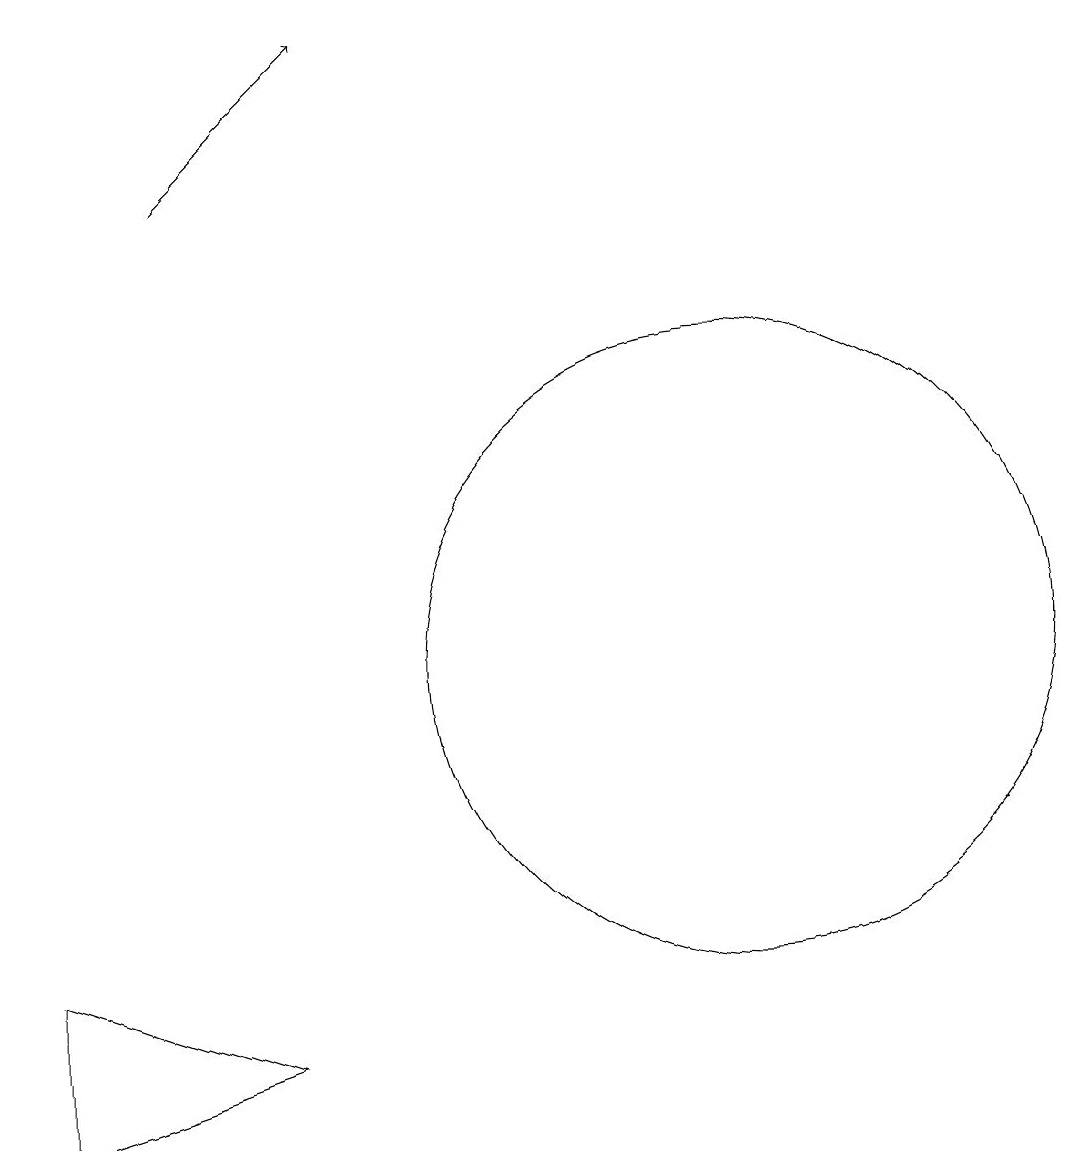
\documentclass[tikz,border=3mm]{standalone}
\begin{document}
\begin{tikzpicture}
\draw (12,11) circle (4);
\draw[->] (5,17) -- (7,19);
\draw (3,5) -- (3,7) -- (6,6) -- cycle;
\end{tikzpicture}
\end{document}